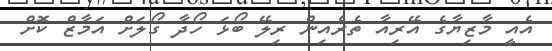
އެއީ މާޒިޔާގެ އޭރިއާ ތެރެއިން ރިލޭ ބޯޅަ ހޯދާ ގޯލަށް އަމާޒް ކޮށް